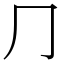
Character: ⺆